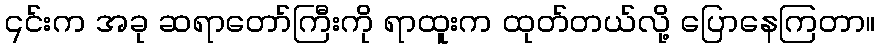
၎င်းက အခု ဆရာတော်ကြီးကို ရာထူးက ထုတ်တယ်လို့ ပြောနေကြတာ။